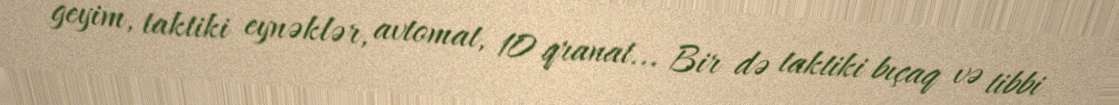
geyim, taktiki eynəklər, avtomat, 10 qranat... Bir də taktiki bıçaq və tibbi